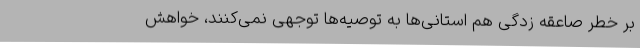
بر خطر صاعقه زدگی هم استانی‌ها به توصیه‌ها توجهی نمی‌کنند، خواهش